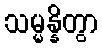
သမ္မန္နိတွာ